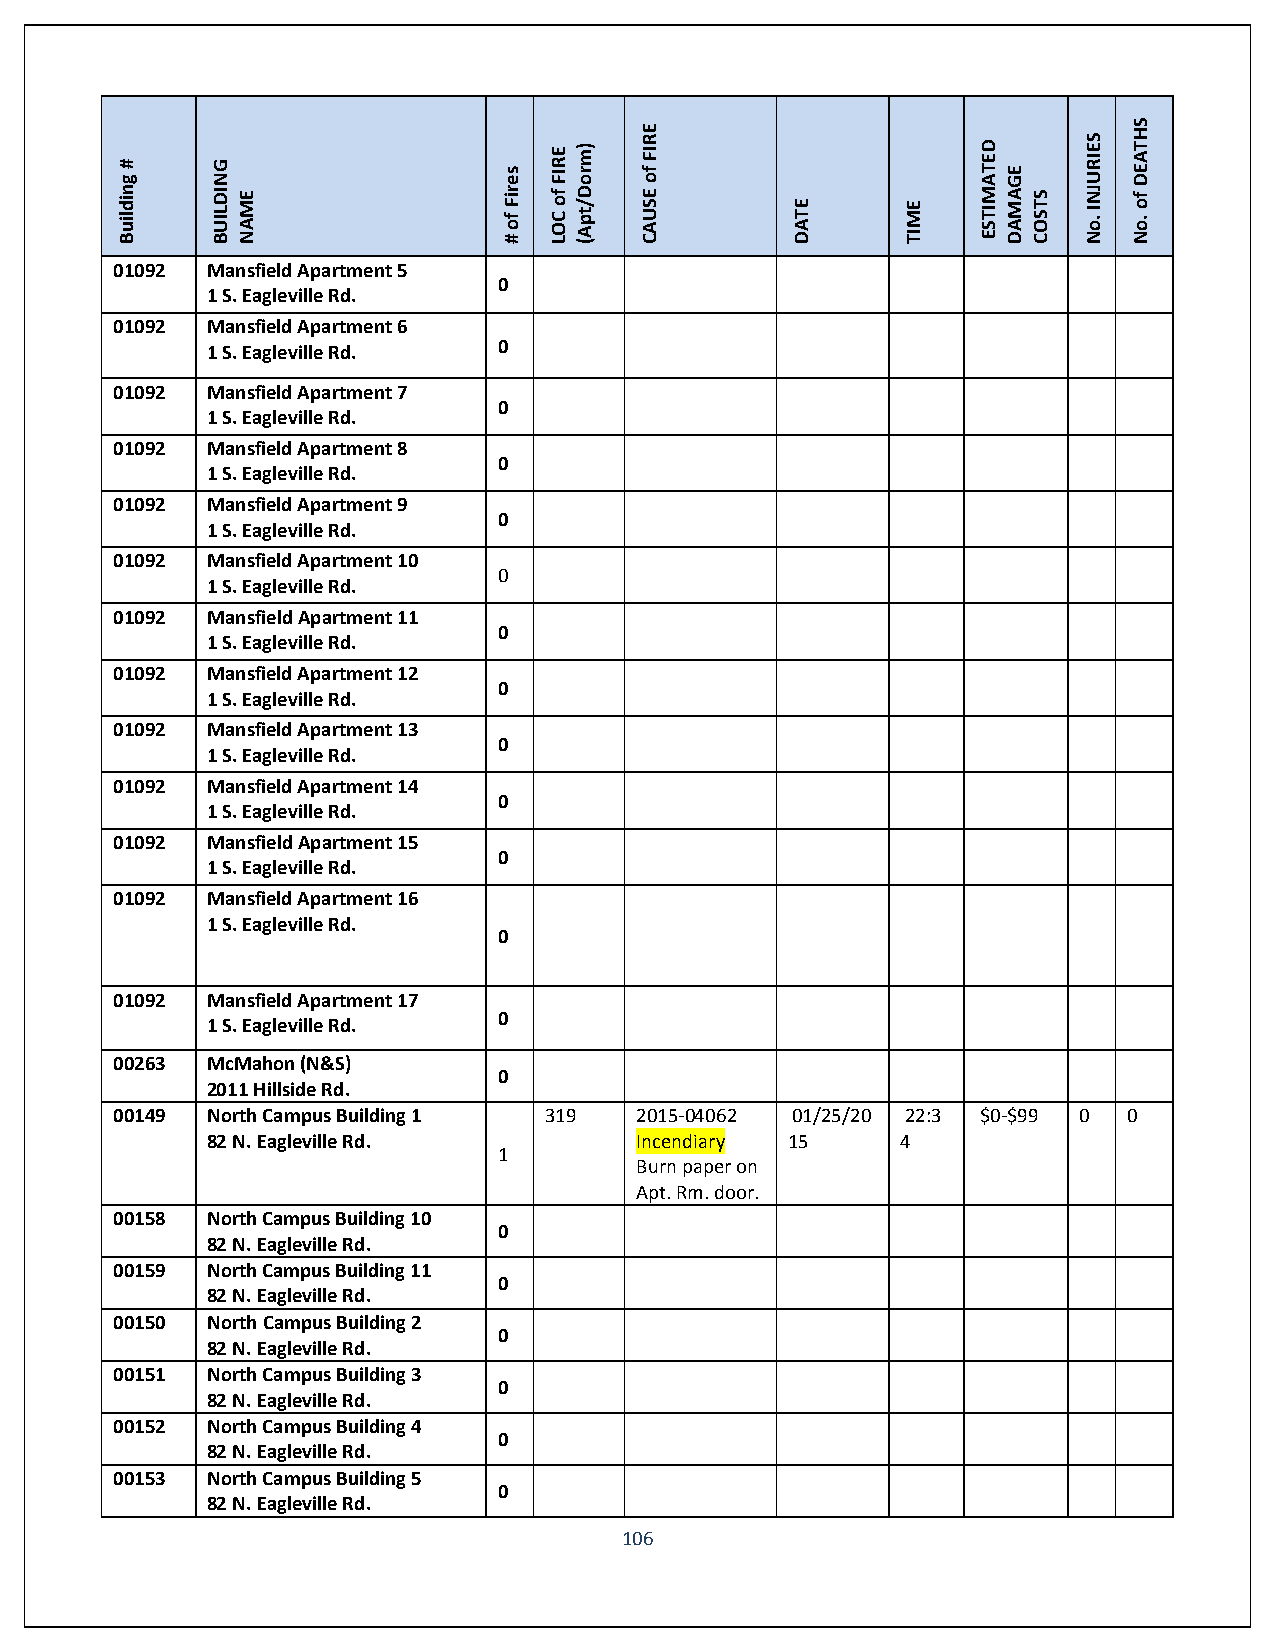
Building
 #     BUILDING
 NAME
 #
 of
 Fires
 LOC
 of
 FIRE (Apt/Dorm)
 CAUSE
 of
 FIRE
 DATE    TIME
 ESTIMATED
 DAMAGE
 COSTS
 No.
 INJURIES
 No.
 of
 DEATHS
 01092  Mansfield Apartment 5
 0
 1 S. Eagleville Rd.
 01092  Mansfield Apartment 6
 1 S. Eagleville Rd. 0
 01092  Mansfield Apartment 7
 0
 1 S. Eagleville Rd.
 01092  Mansfield Apartment 8
 0
 1 S. Eagleville Rd.
 01092  Mansfield Apartment 9
 0
 1 S. Eagleville Rd.
 01092  Mansfield Apartment 10
 0
 1 S. Eagleville Rd.
 01092  Mansfield Apartment 11
 0
 1 S. Eagleville Rd.
 01092  Mansfield Apartment 12
 0
 1 S. Eagleville Rd.
 01092  Mansfield Apartment 13
 0
 1 S. Eagleville Rd.
 01092  Mansfield Apartment 14
 0
 1 S. Eagleville Rd.
 01092  Mansfield Apartment 15
 0
 1 S. Eagleville Rd.
 01092  Mansfield Apartment 16
 1 S. Eagleville Rd.
 0
 01092  Mansfield Apartment 17
 0
 1 S. Eagleville Rd.
 00263  McMahon (N&S)
 0
 2011 Hillside Rd.
 00149  North Campus Building 1 319 2015-04062 01/25/20 22:3 $0-$99 0 0
 82 N. Eagleville Rd.        Incendiary 15     4
 1
 Burn paper on
 Apt. Rm. door.
 00158  North Campus Building 10
 0
 82 N. Eagleville Rd.
 00159  North Campus Building 11
 0
 82 N. Eagleville Rd.
 00150  North Campus Building 2
 0
 82 N. Eagleville Rd.
 00151  North Campus Building 3
 0
 82 N. Eagleville Rd.
 00152  North Campus Building 4
 0
 82 N. Eagleville Rd.
 00153  North Campus Building 5
 0
 82 N. Eagleville Rd.
 106